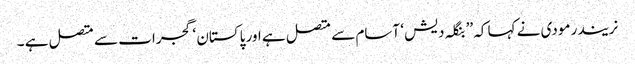
نریندر مودی نے کہا کہ ’’ بنگلہ دیش ‘ آسام سے متصل ہے اور پاکستان ‘ گجرات سے متصل ہے ۔